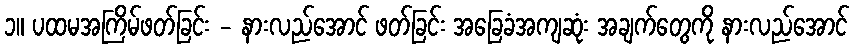
၁။ ပထမအကြိမ်ဖတ်ခြင်း - နားလည်အောင် ဖတ်ခြင်း အခြေခံအကျဆုံး အချက်တွေကို နားလည်အောင်